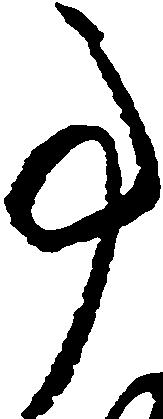
事